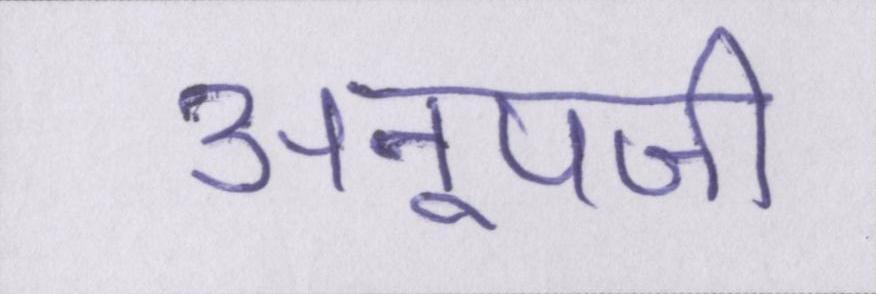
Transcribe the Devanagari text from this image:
अनूपजी